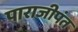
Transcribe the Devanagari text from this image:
पाराजीपंत